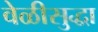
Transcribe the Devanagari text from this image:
वेळीसुद्धा